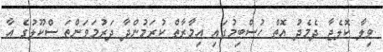
ވިލާ ކޮލެޖާ ދެމެދު އޮތް ހުސްބިމުގައި އިމާރާތް ކުރަމުންދާ ދަރުމަވަންތަ ސްކޫލުގެ އާ